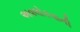
અવલોકવાની